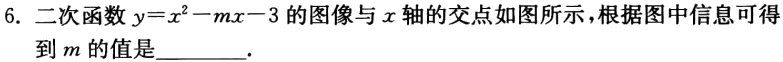
6. 二次函数\(y = x^{2}-mx - 3\)的图像与\(x\)轴的交点如图所示，根据图中信息可得到\(m\)的值是________.